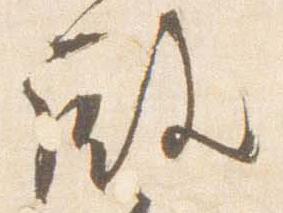
殿